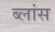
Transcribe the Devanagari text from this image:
ब्लांस